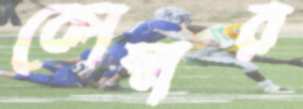
কোম্বার